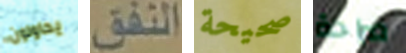
يحاولون النفق صحيحة صراحة